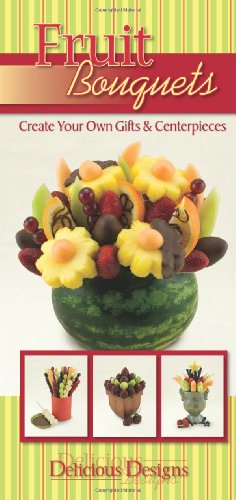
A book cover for Fruit Bouquets, Delicious Designs; CQ Products; Cookbooks, Food & Wine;